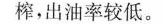
榨，出油率较低。